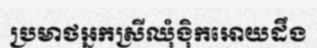
ប្រមាថអ្នកស្រីឈុំង៉ិកអោយដឹង